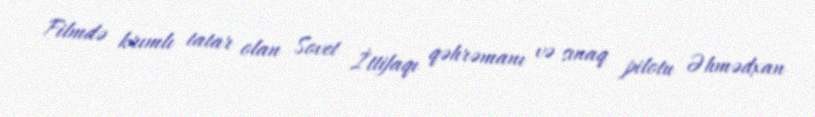
Filmdə krımlı tatar olan Sovet İttifaqı qəhrəmanı və sınaq pilotu Əhmədxan